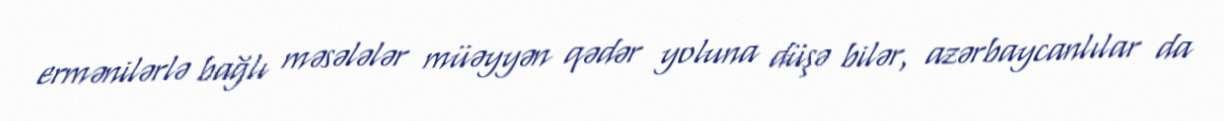
ermənilərlə bağlı məsələlər müəyyən qədər yoluna düşə bilər, azərbaycanlılar da